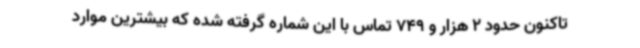
تاکنون حدود 2 هزار و 749 تماس با این شماره گرفته شده که بیشترین موارد